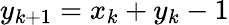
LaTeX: y_{k+1}=x_{k}+y_{k}-1